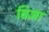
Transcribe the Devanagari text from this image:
विज्ञा